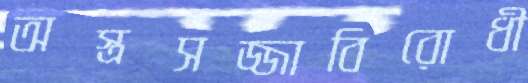
অস্ত্রসজ্জাবিরোধী